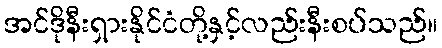
အင်ဒိုနီးရှားနိုင်ငံတို့နှင့်လည်းနီးစပ်သည်။